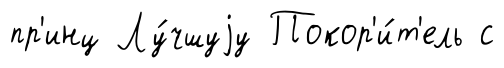
пр'инц Лу́чшуjу Покор'и́т'ель с